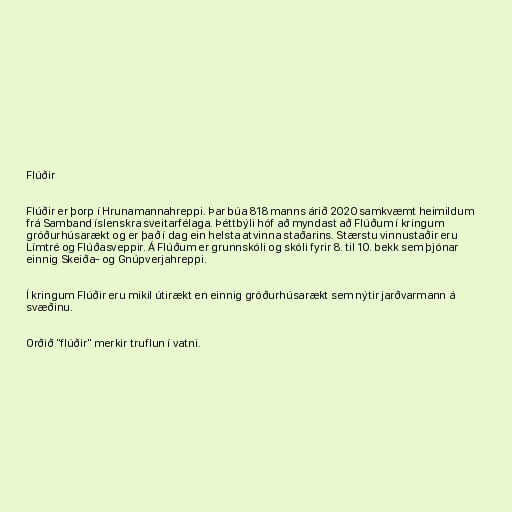
Flúðir

Flúðir er þorp í Hrunamannahreppi. Þar búa 818 manns árið 2020 samkvæmt heimildum
frá Samband íslenskra sveitarfélaga. Þéttbýli hóf að myndast að Flúðum í kringum
gróðurhúsarækt og er það í dag ein helsta atvinna staðarins. Stærstu vinnustaðir eru
Límtré og Flúðasveppir. Á Flúðum er grunnskóli og skóli fyrir 8. til 10. bekk sem þjónar
einnig Skeiða- og Gnúpverjahreppi.

Í kringum Flúðir eru mikil útirækt en einnig gróðurhúsarækt sem nýtir jarðvarmann á
svæðinu.

Orðið "flúðir" merkir truflun í vatni.